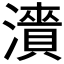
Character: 𬉓